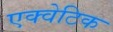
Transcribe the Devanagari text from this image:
एक्वेटिक